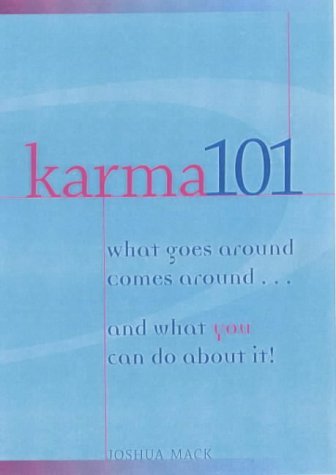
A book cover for Karma 101: What Goes Around Comes Around...and What You Can Do About It; Joshua Mack; Religion & Spirituality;